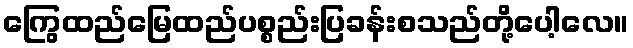
ကြွေထည်မြေထည်ပစ္စည်းပြခန်းစသည်တို့ပေါ့လေ။